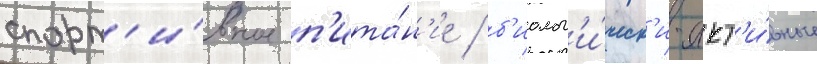
спорт'и́вное п'ита́н'ие / б'иолог'и́ческ'и-акт'и́вные